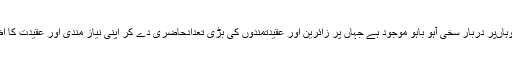
اس کے علاوہ وہاںپر دربار سخی آہو باہو موجود ہے جہاں پر زائرین اور عقیدتمندوں کی بڑی تعدادحاضری دے کر اپنی نیاز مندی اور عقیدت کا اظہار کرتی ہے۔